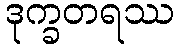
ဒုက္ခတရဿ